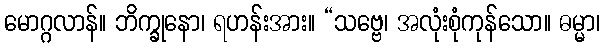
မောဂ္ဂလာန်။ ဘိက္ခုနော၊ ရဟန်းအား။ “သဗ္ဗေ၊ အလုံးစုံကုန်သော။ ဓမ္မာ၊